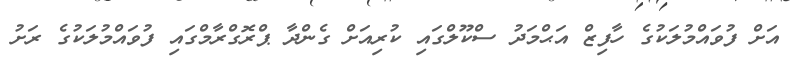
އަށް ފުވައްމުލަކުގެ ހާފިޒް އަޙްމަދު ސްކޫލްގައި ކުރިއަށް ގެންދާ ޕްރޮގްރާމްގައި ފުވައްމުލަކުގެ ރަށު